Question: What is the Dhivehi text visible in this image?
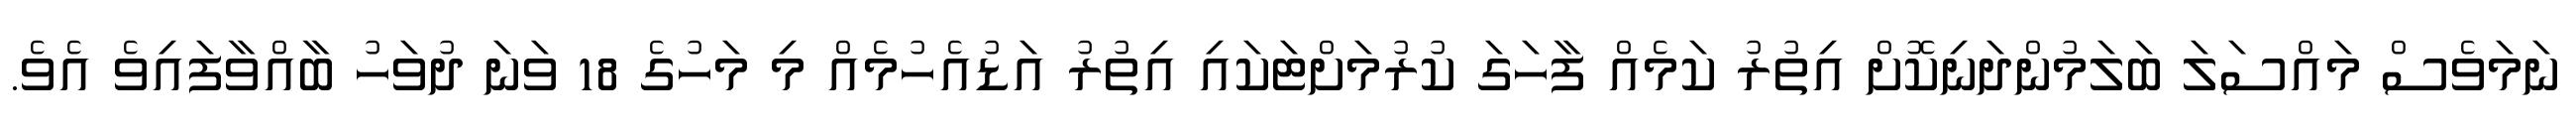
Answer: ނަމަވެސް މައްސަލަ ބަލަމުންދަނިކޮށް އިތުރު ކަމެއް ފާހަގަ ކުރުމަށްޓަކައި އިތުރު އަޑުއެހުމެއް މި މަހުގެ 18 ވަނަ ދުވަހު ބާއްވާފައިވެ އެވެ.